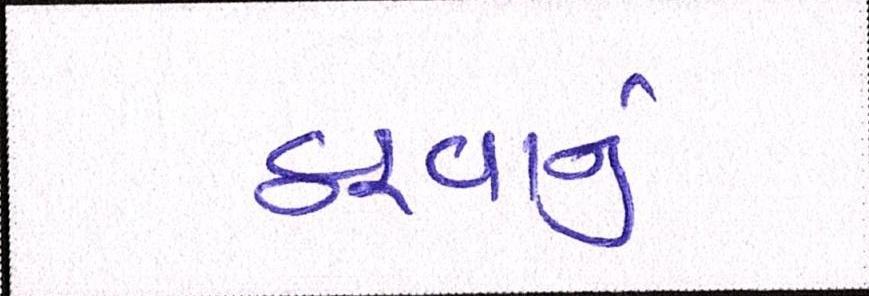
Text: કરવાનું